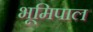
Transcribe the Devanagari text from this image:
भूमिपाल